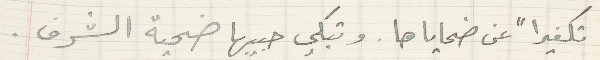
تكفيراً عن ضحاياها. وتبكي حبيبها ضحية الشرف.